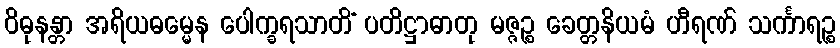
ဝိဓုနန္တာ အရိယဓမ္မေန ပေါက္ခရသာတိံ ပတိဋ္ဌာဓာတု မဇ္ဇဉ္စ ခေတ္တနိယမံ ဟီရဏ် သင်္ကာရဉ္စ